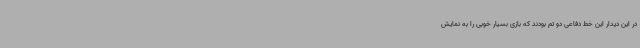
در این دیدار این خط دفاعی دو تم بودند که بازی بسیار خوبی را به نمایش